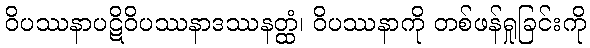
ဝိပဿနာပဋိဝိပဿနာဒဿနတ္ထံ၊ ဝိပဿနာကို တစ်ဖန်ရှုခြင်းကို